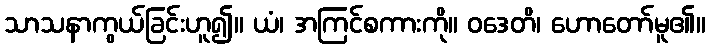
သာသနာကွယ်ခြင်းဟူ၍။ ယံ၊ အကြင်စကားကို။ ဝဒေတိ၊ ဟောတော်မူ၏။